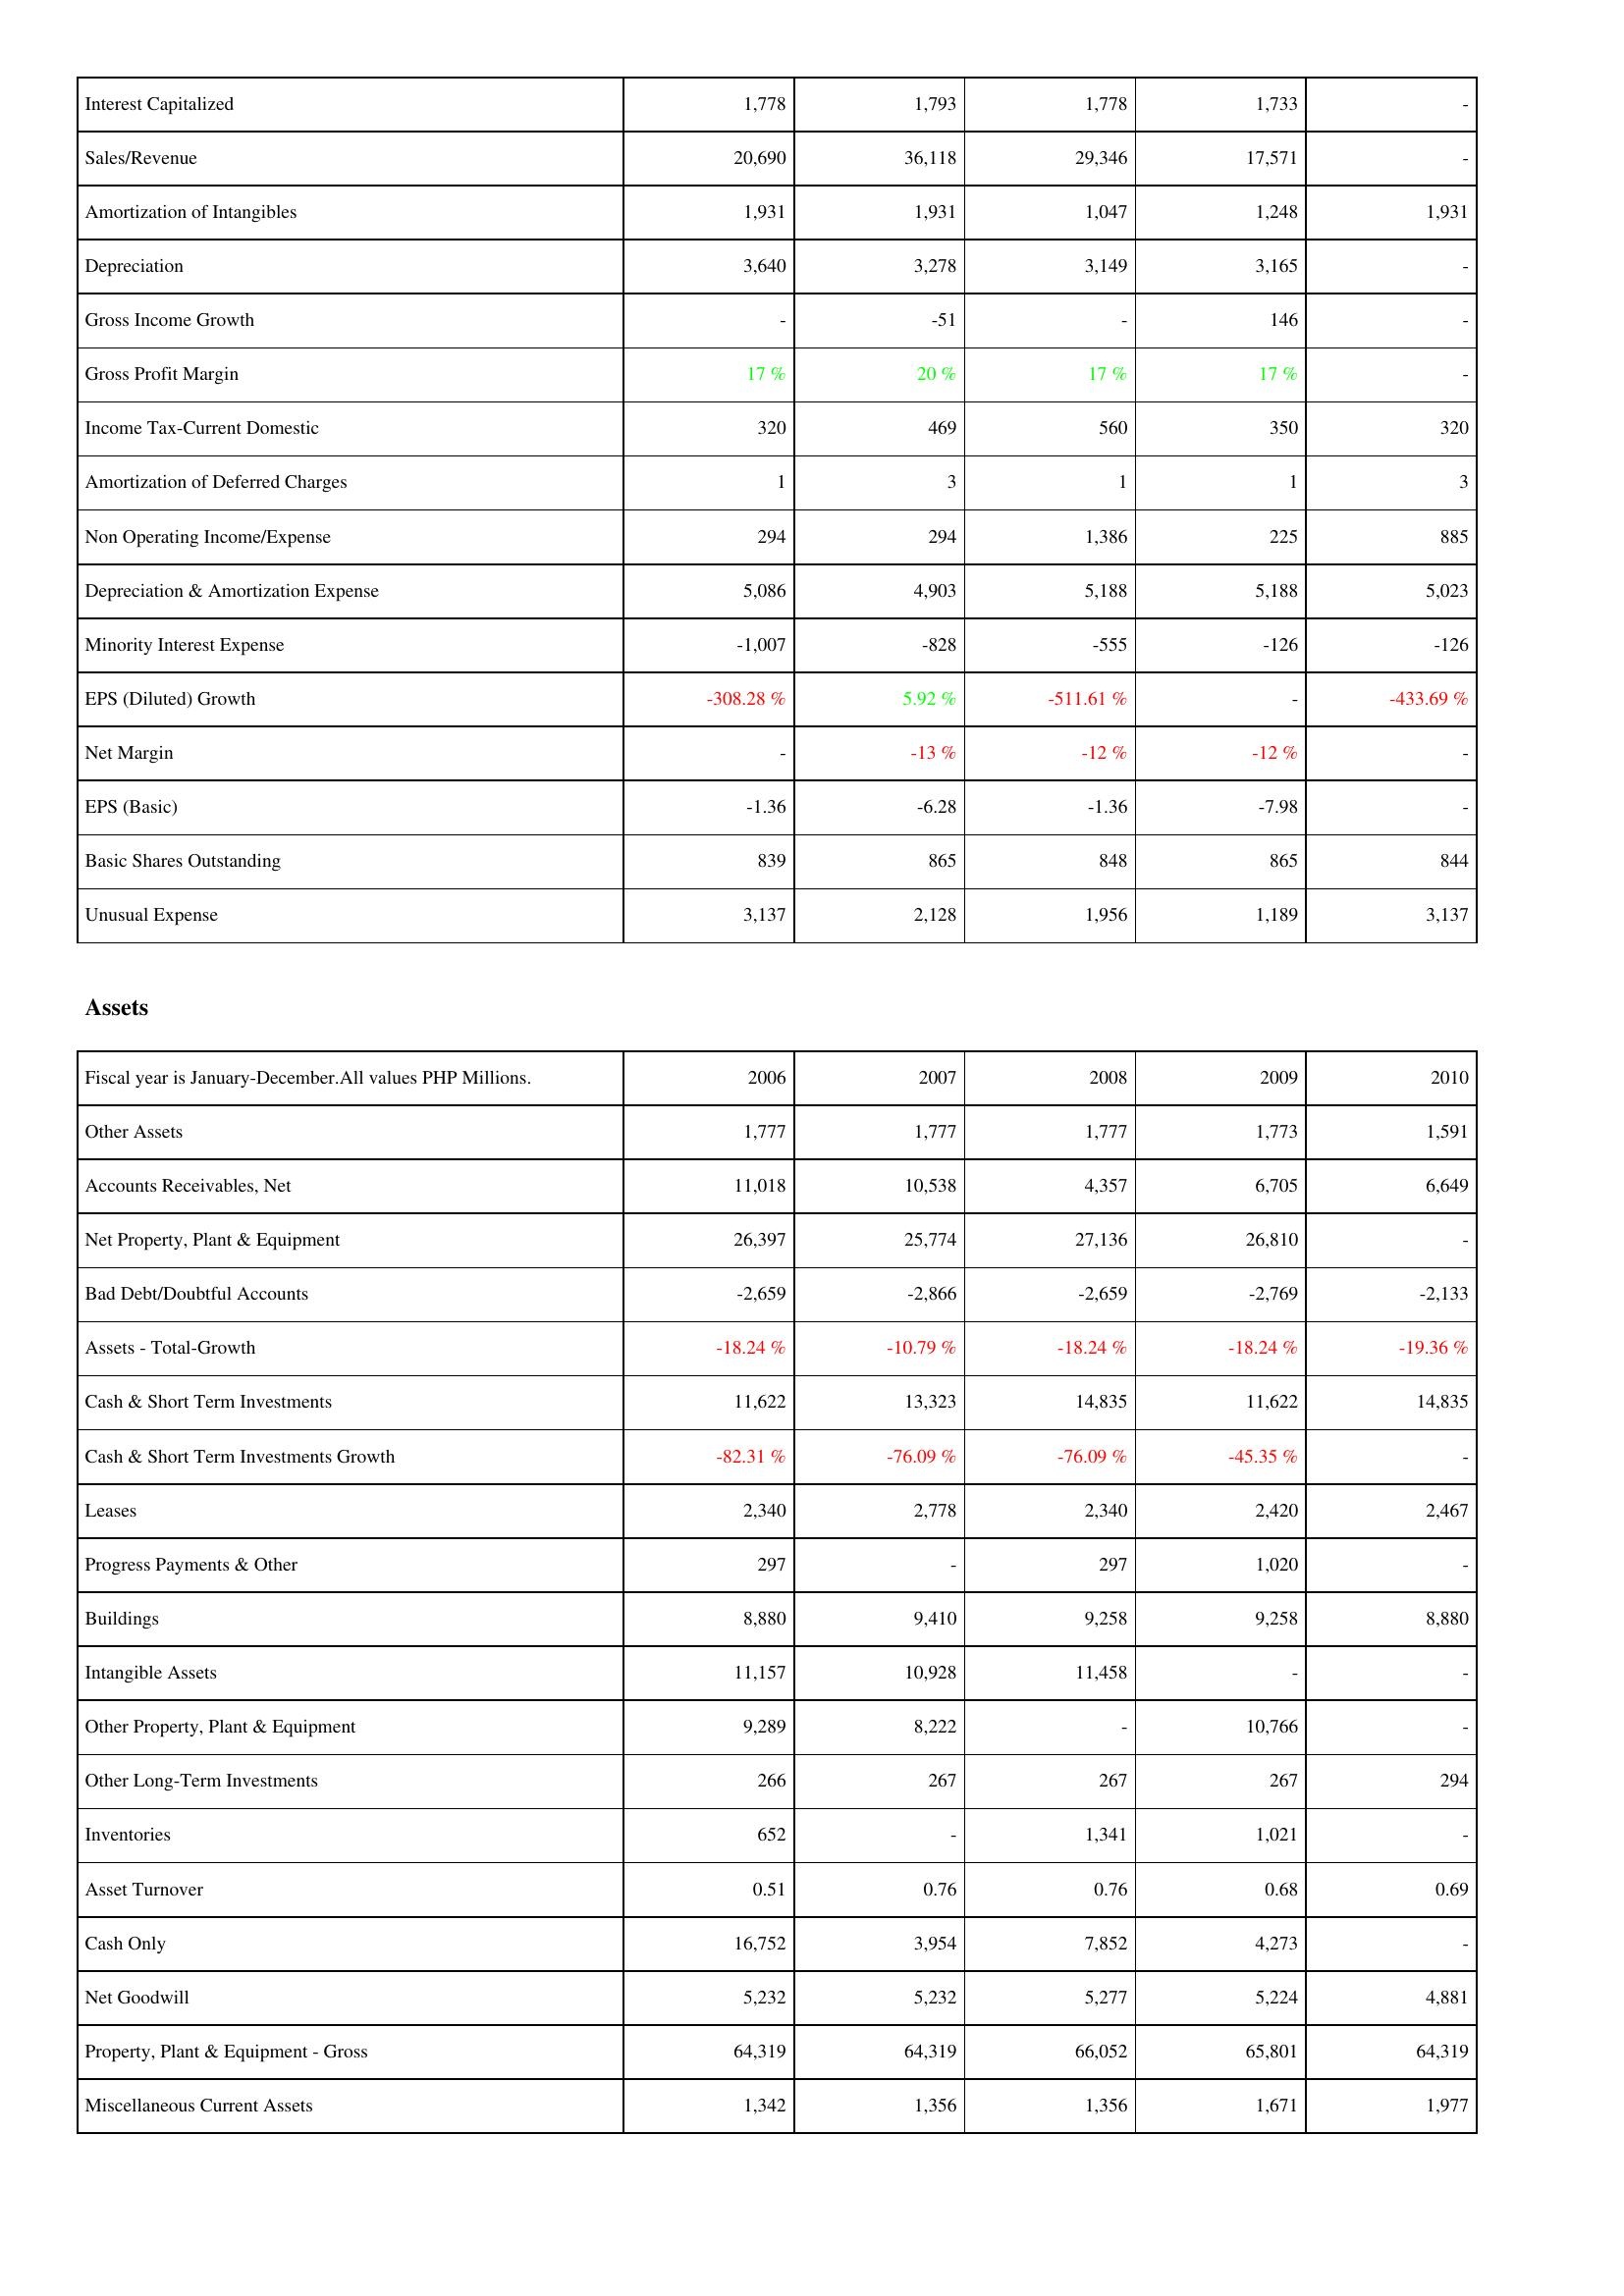
2006: Income Statement: Interest Capitalized: 1,778
Sales/Revenue: 20,690
Amortization of Intangibles: 1,931
Depreciation: 3,640
Gross Income Growth: -
Gross Profit Margin: 17 %
Income Tax-Current Domestic: 320
Amortization of Deferred Charges: 1
Non Operating Income/Expense: 294
Depreciation & Amortization Expense: 5,086
Minority Interest Expense: -1,007
EPS (Diluted) Growth: -308.28 %
Net Margin: -
EPS (Basic): -1.36
Basic Shares Outstanding: 839
Unusual Expense: 3,137
Assets: Other Assets: 1,777
Accounts Receivables, Net: 11,018
Net Property, Plant & Equipment: 26,397
Bad Debt/Doubtful Accounts: -2,659
Assets - Total-Growth: -18.24 %
Cash & Short Term Investments: 11,622
Cash & Short Term Investments Growth: -82.31 %
Leases: 2,340
Progress Payments & Other: 297
Buildings: 8,880
Intangible Assets: 11,157
Other Property, Plant & Equipment: 9,289
Other Long-Term Investments: 266
Inventories: 652
Asset Turnover: 0.51
Cash Only: 16,752
Net Goodwill: 5,232
Property, Plant & Equipment - Gross: 64,319
Miscellaneous Current Assets: 1,342
2007: Income Statement: Interest Capitalized: 1,793
Sales/Revenue: 36,118
Amortization of Intangibles: 1,931
Depreciation: 3,278
Gross Income Growth: -51
Gross Profit Margin: 20 %
Income Tax-Current Domestic: 469
Amortization of Deferred Charges: 3
Non Operating Income/Expense: 294
Depreciation & Amortization Expense: 4,903
Minority Interest Expense: -828
EPS (Diluted) Growth: 5.92 %
Net Margin: -13 %
EPS (Basic): -6.28
Basic Shares Outstanding: 865
Unusual Expense: 2,128
Assets: Other Assets: 1,777
Accounts Receivables, Net: 10,538
Net Property, Plant & Equipment: 25,774
Bad Debt/Doubtful Accounts: -2,866
Assets - Total-Growth: -10.79 %
Cash & Short Term Investments: 13,323
Cash & Short Term Investments Growth: -76.09 %
Leases: 2,778
Progress Payments & Other: -
Buildings: 9,410
Intangible Assets: 10,928
Other Property, Plant & Equipment: 8,222
Other Long-Term Investments: 267
Inventories: -
Asset Turnover: 0.76
Cash Only: 3,954
Net Goodwill: 5,232
Property, Plant & Equipment - Gross: 64,319
Miscellaneous Current Assets: 1,356
2008: Income Statement: Interest Capitalized: 1,778
Sales/Revenue: 29,346
Amortization of Intangibles: 1,047
Depreciation: 3,149
Gross Income Growth: -
Gross Profit Margin: 17 %
Income Tax-Current Domestic: 560
Amortization of Deferred Charges: 1
Non Operating Income/Expense: 1,386
Depreciation & Amortization Expense: 5,188
Minority Interest Expense: -555
EPS (Diluted) Growth: -511.61 %
Net Margin: -12 %
EPS (Basic): -1.36
Basic Shares Outstanding: 848
Unusual Expense: 1,956
Assets: Other Assets: 1,777
Accounts Receivables, Net: 4,357
Net Property, Plant & Equipment: 27,136
Bad Debt/Doubtful Accounts: -2,659
Assets - Total-Growth: -18.24 %
Cash & Short Term Investments: 14,835
Cash & Short Term Investments Growth: -76.09 %
Leases: 2,340
Progress Payments & Other: 297
Buildings: 9,258
Intangible Assets: 11,458
Other Property, Plant & Equipment: -
Other Long-Term Investments: 267
Inventories: 1,341
Asset Turnover: 0.76
Cash Only: 7,852
Net Goodwill: 5,277
Property, Plant & Equipment - Gross: 66,052
Miscellaneous Current Assets: 1,356
2009: Income Statement: Interest Capitalized: 1,733
Sales/Revenue: 17,571
Amortization of Intangibles: 1,248
Depreciation: 3,165
Gross Income Growth: 146
Gross Profit Margin: 17 %
Income Tax-Current Domestic: 350
Amortization of Deferred Charges: 1
Non Operating Income/Expense: 225
Depreciation & Amortization Expense: 5,188
Minority Interest Expense: -126
EPS (Diluted) Growth: -
Net Margin: -12 %
EPS (Basic): -7.98
Basic Shares Outstanding: 865
Unusual Expense: 1,189
Assets: Other Assets: 1,773
Accounts Receivables, Net: 6,705
Net Property, Plant & Equipment: 26,810
Bad Debt/Doubtful Accounts: -2,769
Assets - Total-Growth: -18.24 %
Cash & Short Term Investments: 11,622
Cash & Short Term Investments Growth: -45.35 %
Leases: 2,420
Progress Payments & Other: 1,020
Buildings: 9,258
Intangible Assets: -
Other Property, Plant & Equipment: 10,766
Other Long-Term Investments: 267
Inventories: 1,021
Asset Turnover: 0.68
Cash Only: 4,273
Net Goodwill: 5,224
Property, Plant & Equipment - Gross: 65,801
Miscellaneous Current Assets: 1,671
2010: Income Statement: Interest Capitalized: -
Sales/Revenue: -
Amortization of Intangibles: 1,931
Depreciation: -
Gross Income Growth: -
Gross Profit Margin: -
Income Tax-Current Domestic: 320
Amortization of Deferred Charges: 3
Non Operating Income/Expense: 885
Depreciation & Amortization Expense: 5,023
Minority Interest Expense: -126
EPS (Diluted) Growth: -433.69 %
Net Margin: -
EPS (Basic): -
Basic Shares Outstanding: 844
Unusual Expense: 3,137
Assets: Other Assets: 1,591
Accounts Receivables, Net: 6,649
Net Property, Plant & Equipment: -
Bad Debt/Doubtful Accounts: -2,133
Assets - Total-Growth: -19.36 %
Cash & Short Term Investments: 14,835
Cash & Short Term Investments Growth: -
Leases: 2,467
Progress Payments & Other: -
Buildings: 8,880
Intangible Assets: -
Other Property, Plant & Equipment: -
Other Long-Term Investments: 294
Inventories: -
Asset Turnover: 0.69
Cash Only: -
Net Goodwill: 4,881
Property, Plant & Equipment - Gross: 64,319
Miscellaneous Current Assets: 1,977